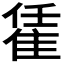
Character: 𨿃